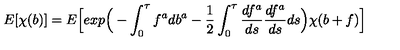
E [ \chi ( b ) ] = E \Big [ e x p \Big ( - \int _ { 0 } ^ { \tau } f ^ { a } d b ^ { a } - \frac { 1 } { 2 } \int _ { 0 } ^ { \tau } \frac { d f ^ { a } } { d s } \frac { d f ^ { a } } { d s } d s \Big ) \chi ( b + f ) \Big ]